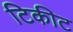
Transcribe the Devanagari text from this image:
टिकीट